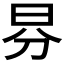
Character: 𣌥